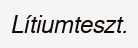
Lítiumteszt.